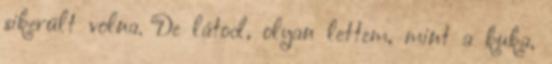
sikerült volna. De látod, olyan lettem, mint a kuka,